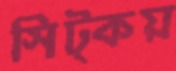
সিট্‌কয়